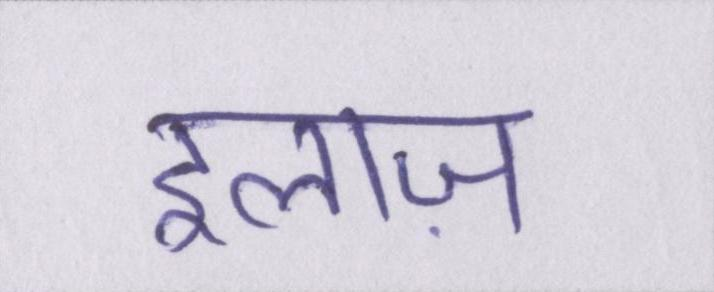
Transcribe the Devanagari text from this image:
इलाज़